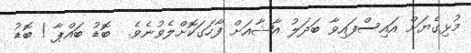
މުޅިގެޔަށް އައިސްފައިވާ ބަދަލު އާޝާއަށް ފާހަގަކޮށްލެވުނެވެ.  ބޮޑު ބައްޕާ ! ބޮޑު